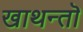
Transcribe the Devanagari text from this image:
खाथन्तॊ